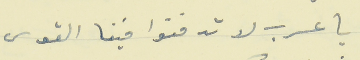
يا عرب لا تدفنوا فينا القوى